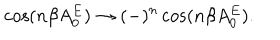
\cos ( n \beta A _ { 0 } ^ { E } ) \to ( - ) ^ { n } \cos ( n \beta A _ { 0 } ^ { E } ) .